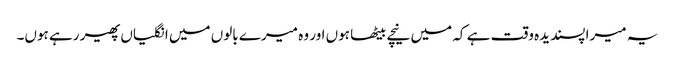
یہ میرا پسندیدہ وقت ہے کہ میں نیچے بیٹھا ہوں اور وہ میرے بالوں میں انگلیاں پھیر رہے ہوں۔